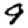
Digit: 9